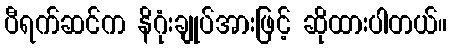
ပီရက်ဆင်က နိဂုံးချုပ်အားဖြင့် ဆိုထားပါတယ်။